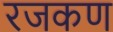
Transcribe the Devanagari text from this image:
रजकण